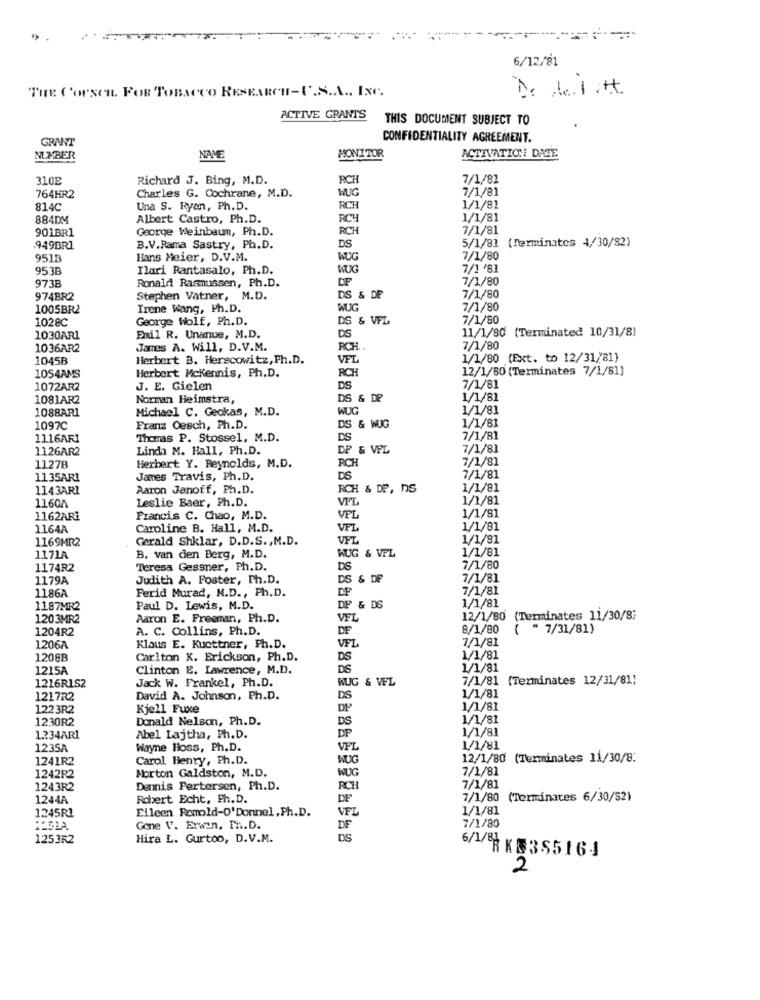
6/12/81
THE COUSen. FOR TOBACCO RESEARCH-U.S.A ., INC.
De de. 1.H.
ACTIVE GRANTS
THIS DOCUMENT SUBJECT TO
GRANT
CONFIDENTIALITY AGREEMENT.
ACTIVATION DATE
NUMBER
NAME
MONITOR
310E
Richard J. Bing, M.D.
RICH
7/1/81
7/1/81
764HR2
Charles G. Cochrane, M.D.
WUG
814C
Una S. Ryan, Ph.D.
RCH
1/1/81
884DM
Albert Castro, Ph.D.
RCH
1/1/81
901BR1
George Weinbaumn, Ph.D.
RCH
7/1/81
.949BR1
B.V.Rama Sastry, Ph.D.
DS
5/1/81 (Terminates 4/30/92)
9513
Hans Meier, D.V.M.
WUG
7/1/80
953B
Ilari Rantasalo, Ph.D.
WUG
7/1 '81
Ronald Rasmussen, Ph.D.
DF
7/1/80
973B
974BR2
Stephen Vatner, M.D.
DS & DE
7/1/80
1005BR2
Irene Wang, Ph.D.
WUG
7/1/80
1028C
George Wolf, Ph.D.
DS & VFL
7/1/80
11/1/80 (Terminated 10/31/8]
1030AR1
Exil R. Unanue, M.D.
DS
1036AR2
James A. Will, D.V.M.
RCH ..
7/1/80
1045B
Herbert B. Herscowitz, Ph.D.
VFL
1/1/80 (Ext. to 12/31/81)
Herbert Mckennis, Ph.D.
12/1/80 (Terminates 7/1/81)
1054AMS
RCH
1072AR2
J. E. Gielen
DS
7/1/81
1081AR2
Norman Heimstra,
DS & DE
1/1/81
1088AR1
Michael C. Geokas, M.D.
WUG
1/1/81
1/1/81
10970
Franz Oesch, Ph.D.
DS & WUG
1116ARI
Thomas P. Stossel, M.D.
DS
7/1/81
1126AR2
Linda M. Hall, Ph.D.
DF & VIL
7/1/81
RCH
7/1/81
1127B
Herbert Y. Reynolds, M.D.
1135ARI
James Travis, Ph.D.
DS
7/1/81
1143ARI
Aaron Janoff, Ph. D.
RCH & DP, DS
1/1/81
1160/
Leslie Baer, Ph.D.
VFL
1/1/81
1/1/81
1162ARI
Francis C. Chao, M.D.
VPL
1164A
Caroline B. Hall, M.D.
VFL
1/1/81
1169MR2
Gerald Shklar, D.D.S. , M.D.
VFL
1/1/81
1/1/81
1171A
B. van den Berg, M.D.
WUG & VFL
1174R2
Teresa Gessner, Ph.D.
DS
7/1/80
1179A
Judith A. Foster, Ph.D.
DS & DE
7/1/81
Ferid Murad, M.D ., Ph.D.
7/1/81
1186A
1/1/81
1187MR2
Paul D. Lewis, M.D.
DF & DS
1203MR2
Aaron E. Freeman, Ph.D.
VFL
12/1/80 (Terminates 11/30/8:
1204R2
A. C. Collins, Ph.D.
DF
8/1/80
( " 7/31/81)
7/1/81
1206A
Klaus E. Kucttner, Ph.D.
VFL
1208B
Carlton X. Erickson, Ph.D.
DS
1/1/81
1215A
Clinton E. Lawrence, M.D.
DS
1/1/81
Jack W. Frankel, Ph.D.
WUG & VFL
7/1/81 (Terminates 12/31/81)
1216R152
1/1/81
1217R2
David A. Johnson, Ph.D.
DS
1223R2
Kjell Fuxe
DP
1/1/81
1230R2
Donald Nelson, Ph.D.
DS
1/1/81
1/1/81
1 .? 34ARI
Abel Lajtha, Ph.D.
DP
1235A
Wayne Hoss, Ph.D.
VFL
1/1/81
1241R2
Carol Henry, Ph.D.
WUG
12/1/80 (Terminates 11/30/8:
1242R2
7/1/81
Morton Galdston, M.D.
WUG
1243R2
Dennis Pertersen, Ph.D.
RCH
7/1/81
1244A
Robert Echt, Ph.D.
DF
7/1/80 (Terminates 6/30/52)
1245R1
Eileen Remold-O'Donnel,Ph.D.
1/1/81
VFL
Gone V. Erwin, Ph.D.
DF
7/1/80
1253R2
Hira L. Gurtoo, D.V.M.
DS
6/1/88 K 355164
2